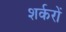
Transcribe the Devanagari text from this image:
शर्करों